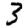
Digit: 3